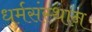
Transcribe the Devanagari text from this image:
धर्मसंस्थान